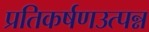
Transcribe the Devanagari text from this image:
प्रतिकर्षणउत्पन्न